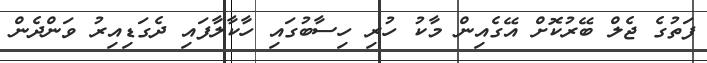
ފަތުގެ ޖެލް ބޭރުކޮށް އޭގެއިން މާކު ހުރި ހިސާބުގައި ހާކާލާފައި ދެގަޑިއިރު ވަންދެން